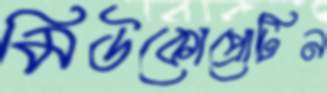
মিউকোপ্রোটিন